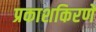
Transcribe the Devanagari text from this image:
प्रकाशकिरणे